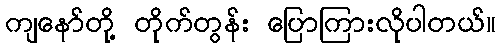
ကျနော်တို့ တိုက်တွန်း ပြောကြားလိုပါတယ်။